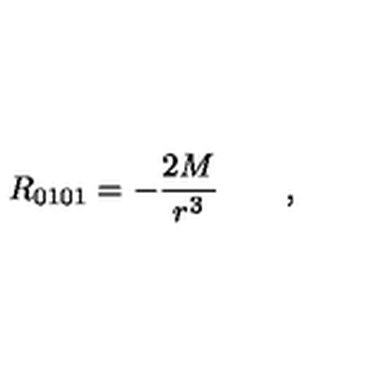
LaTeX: R _ { 0 1 0 1 } = - \frac { 2 M } { r ^ { 3 } } \qquad ,